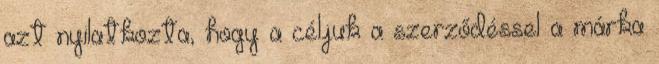
azt nyilatkozta, hogy a céljuk a szerződéssel a márka